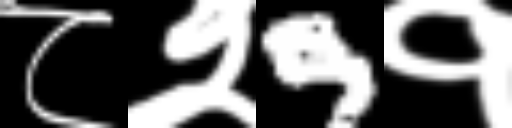
Text: ८२9१